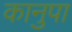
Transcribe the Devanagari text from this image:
कानुपा